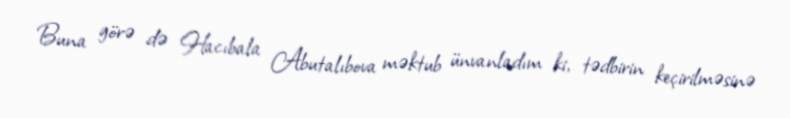
Buna görə də Hacıbala Abutalıbova məktub ünvanladım ki, tədbirin keçirilməsinə